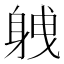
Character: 𮜸